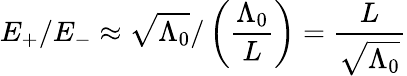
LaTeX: E_{+}/E_{-}\approx\sqrt{\Lambda_{0}}/\left(\frac{\Lambda_{0}}{L}\right)=\frac{L}{\sqrt{\Lambda_{0}}}